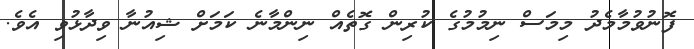
ފޮނުވުމާމެދު މިމަސް ނިމުމުގެ ކުރިން ގޮތެއް ނިންމާނެ ކަމަށް ޝިއުނާ ވިދާޅުވި އެވެ.